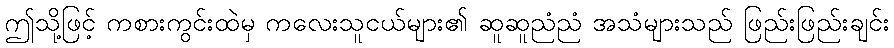
ဤသို့ဖြင့် ကစားကွင်းထဲမှ ကလေးသူငယ်များ၏ ဆူဆူညံညံ အသံများသည် ဖြည်းဖြည်းချင်း